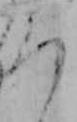
ろ